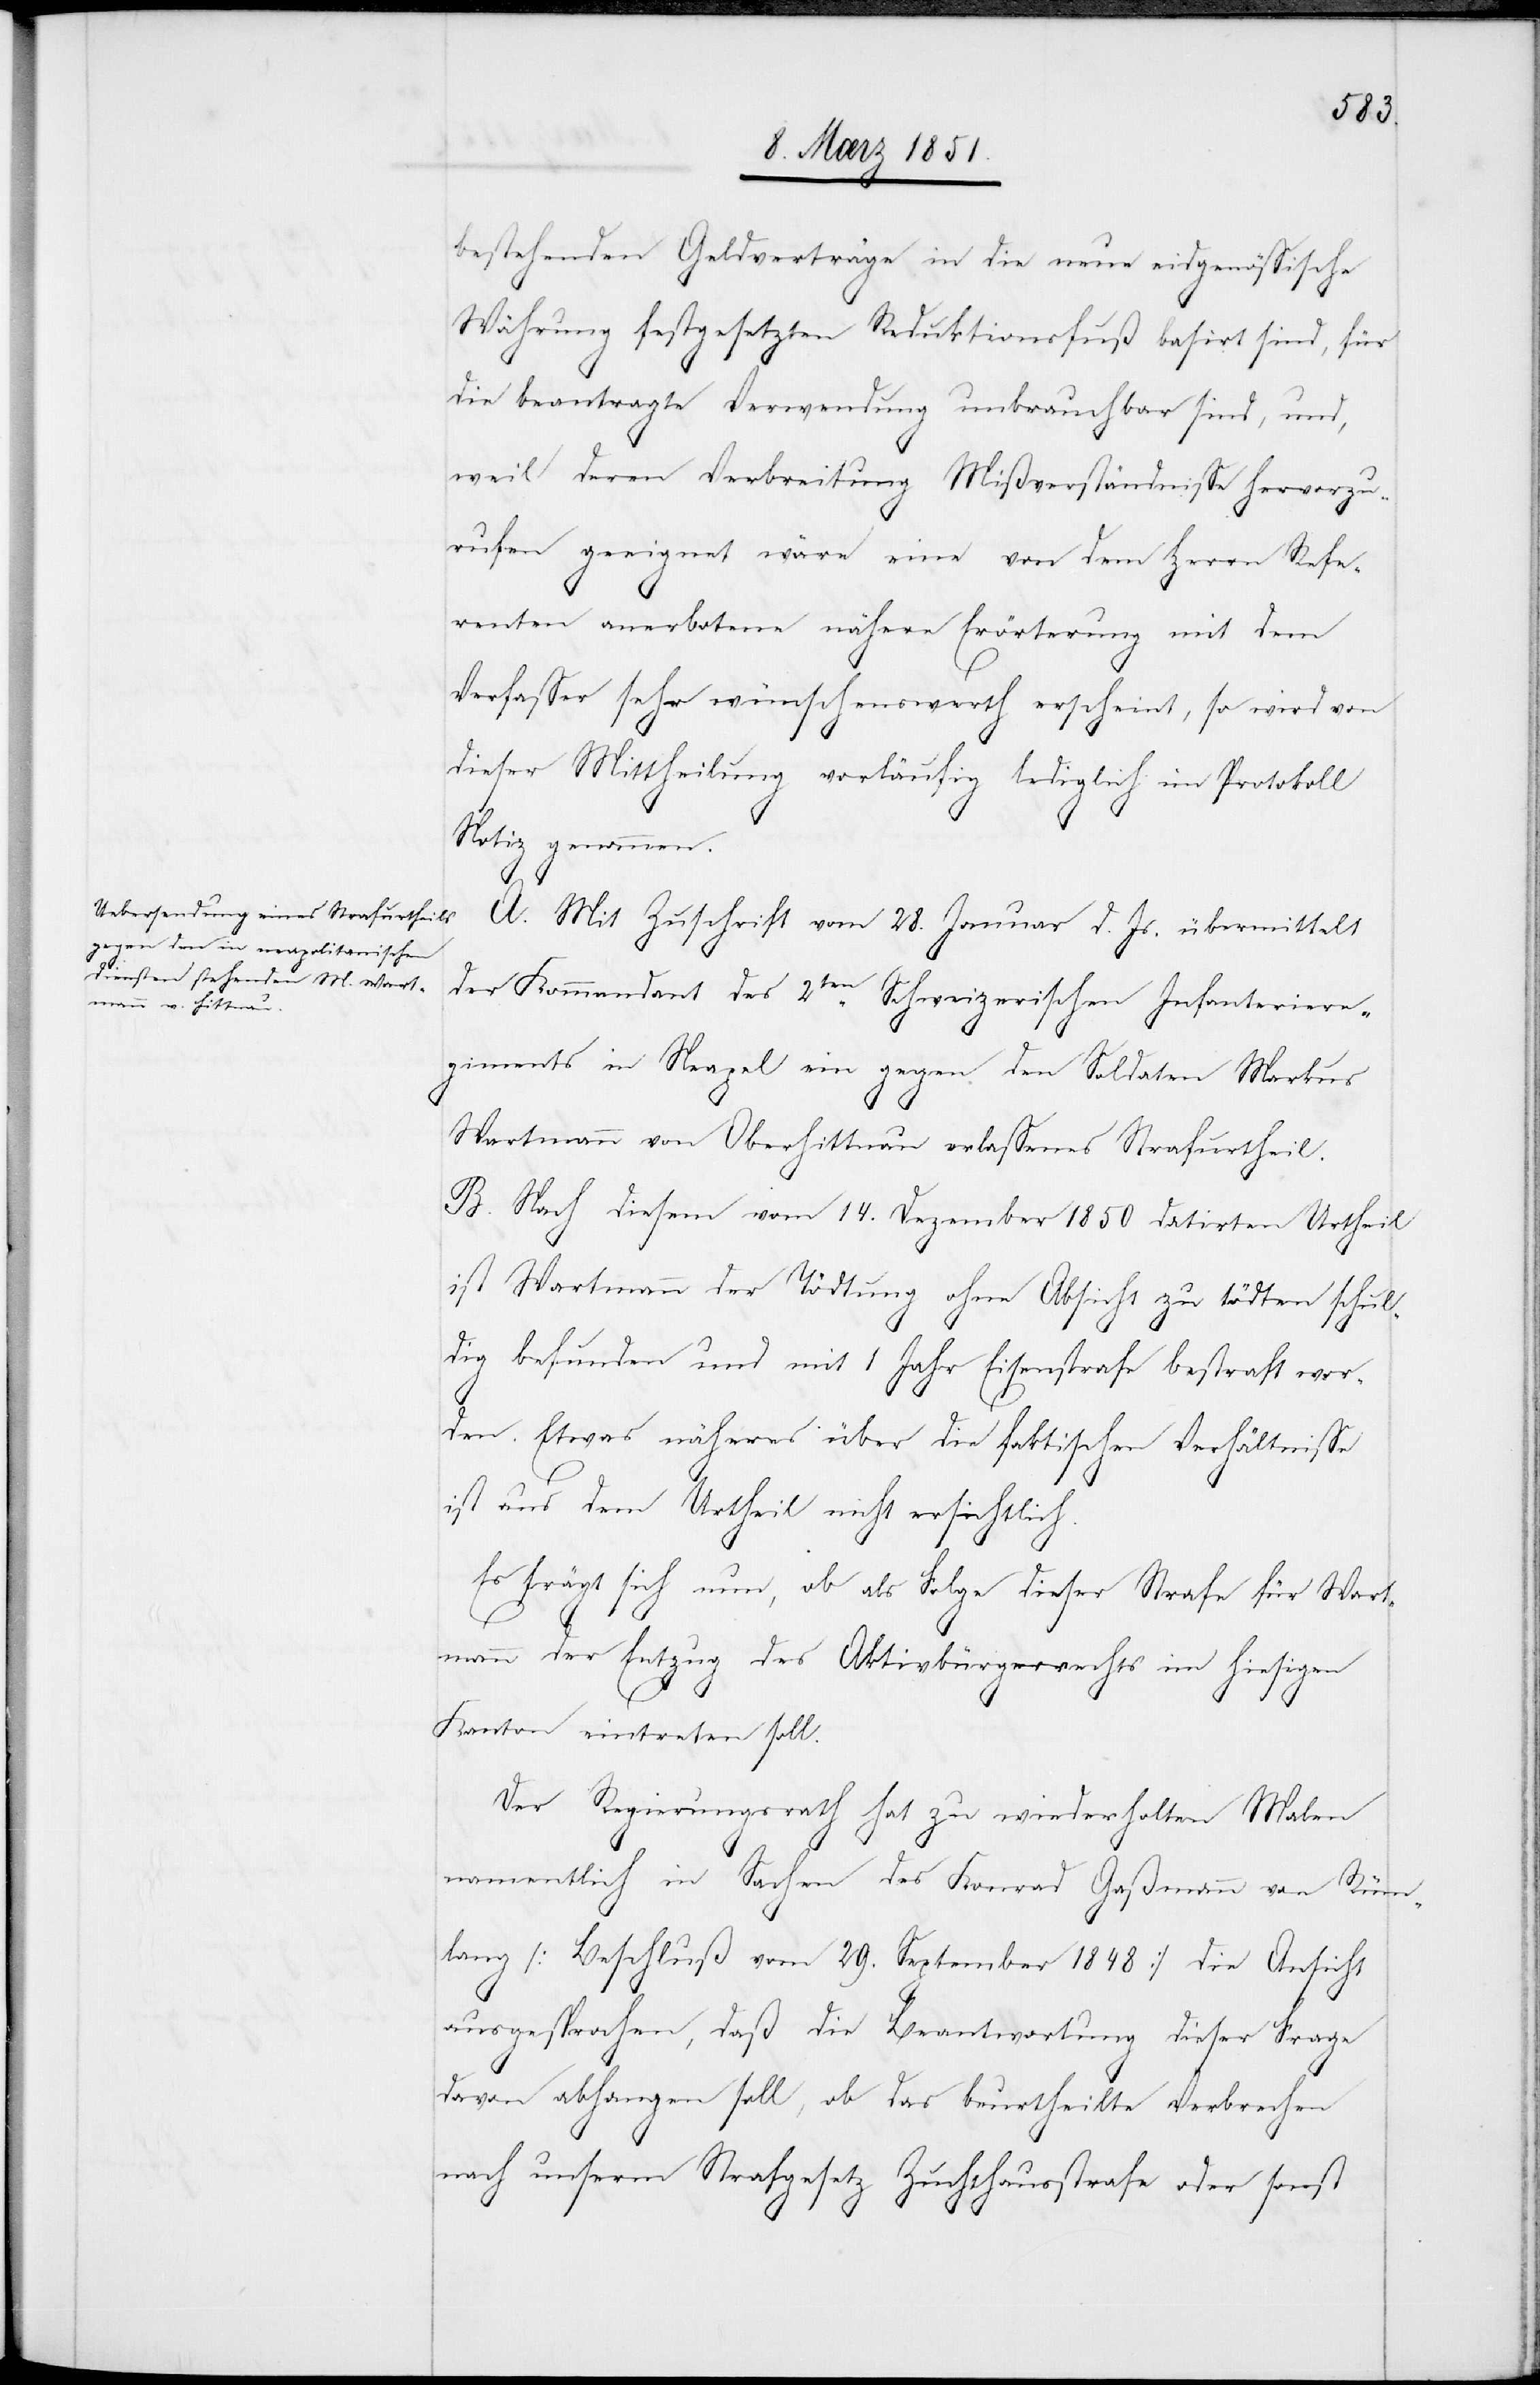
bestehenden Geldverträge in die neue eidgenössische
Währung festgesetzten Reduktionsfuß basirt sind, für
die beantragte Verwendung unbrauchbar sind, und,
weil deren Verbreitung Mißverständnisse hervorzu¬
rufen geeignet wäre eine von dem Herrn Refe¬
renten anerbotene nähere Erörterung mit dem
Verfasser sehr wünschenswerth erscheint, so wird von
dieser Mittheilung vorläufig lediglich im Protokoll
Notiz genommen.